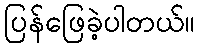
ပြန်ဖြေခဲ့ပါတယ်။